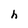
Character: h